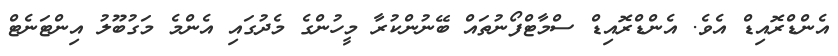
އެންޑްރޮއިޑް އެވެ. އެންޑްރޮއިޑް ސްމާޓްފޯނުތައް ބޭނުންކުރާ މީހުންގެ މެދުގައި އެންމެ މަގުބޫލު އިންޓަނެޓް